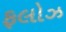
ફલોઝ